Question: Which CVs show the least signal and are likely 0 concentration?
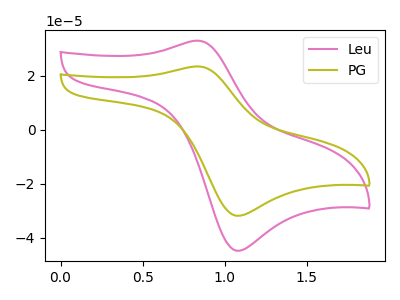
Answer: <think>The pink curve "Leu" has an anodic peak at (0.85V, 32.95uA) and a cathodic peak at (1.05V, -44.70uA). The olive curve "PG" has an anodic peak at (0.85V, 23.40uA) and a cathodic peak at (1.05V, -31.80uA).</think>
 <answer>There are not any CV's on this graph that are likely to be blanks.</answer>
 <eval>none</eval>